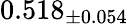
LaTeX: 0.518_{\pm 0.054}